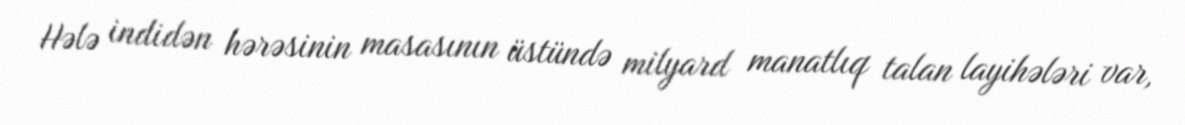
Hələ indidən hərəsinin masasının üstündə milyard manatlıq talan layihələri var,